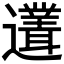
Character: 𲆇